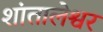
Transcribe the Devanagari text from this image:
शांतालेश्वर